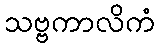
သဗ္ဗကာလိကံ